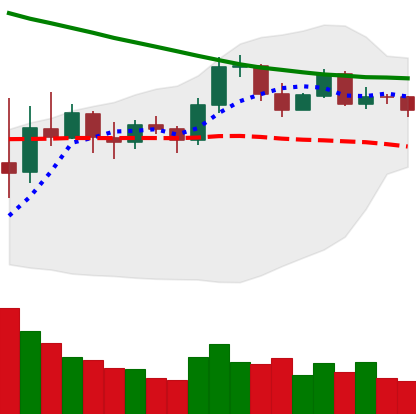
Ticker: EOS-USD
Chart end date: 2019-11-14
Forward return: -7.836%
Label: down_7plus